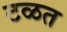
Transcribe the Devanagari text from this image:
टळत